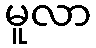
မူလာ